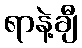
ရာနဲ့ချီ